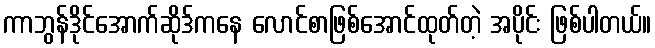
ကာဘွန်ဒိုင်အောက်ဆိုဒ်ကနေ လောင်စာဖြစ်အောင်ထုတ်တဲ့ အပိုင်း ဖြစ်ပါတယ်။